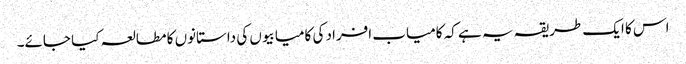
اس کا ایک طریقہ یہ ہے کہ کامیاب افراد کی کامیابیوں کی داستانوں کا مطالعہ کیا جائے۔